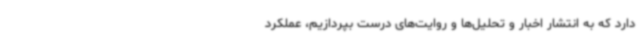
دارد که به انتشار اخبار و تحلیل‌ها و روایت‌های درست بپردازیم، عملکرد